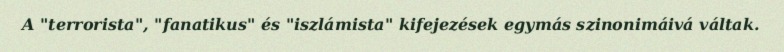
A "terrorista", "fanatikus" és "iszlámista" kifejezések egymás szinonimáivá váltak.